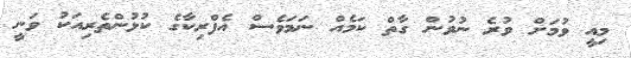
މިއީ ވުމަށް ވުރެ ނުވުން ގާތް ކަމެއް ނަމަވެސް އެފްރިކާގެ ކުޅުންތެރިއަކު ވަނީ